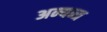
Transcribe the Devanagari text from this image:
अन्यन्त्र